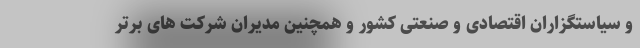
و سیاستگزاران اقتصادی و صنعتی کشور و همچنین مدیران شرکت های برتر